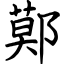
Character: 鄚